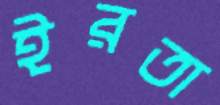
ইরতা